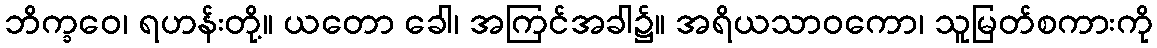
ဘိက္ခဝေ၊ ရဟန်းတို့။ ယတော ခေါ၊ အကြင်အခါ၌။ အရိယသာဝကော၊ သူမြတ်စကားကို